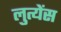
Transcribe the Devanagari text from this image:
लुत्येंस